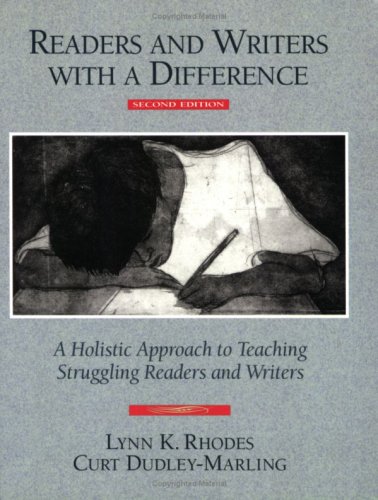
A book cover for Readers and Writers with a Difference: A Holistic Approach to Teaching Struggling Readers and Writers; Curt Dudley-Marling; Health, Fitness & Dieting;